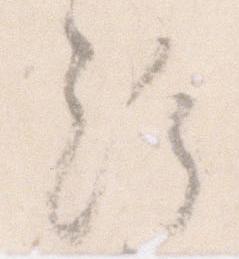
給